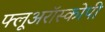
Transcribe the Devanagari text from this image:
फ्लूअरॉस्कोपी